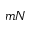
m N